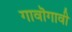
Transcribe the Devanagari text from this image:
गावॊगावी